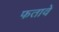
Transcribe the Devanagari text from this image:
फतावे